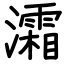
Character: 灀